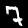
Label: 7